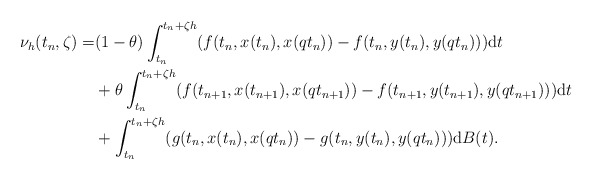
\begin{align*} \nu_{h}(t_n,\zeta)=&(1-\theta)\int_{t_n}^{t_n+\zeta h}(f(t_n,x(t_n),x(qt_n))-f(t_n,y(t_n),y(qt_n))){\rm d}t \\ &+\theta\int_{t_{n}}^{t_n+\zeta h}(f(t_{n+1},x(t_{n+1}),x(qt_{n+1}))-f(t_{n+1},y(t_{n+1}),y(qt_{n+1}))){\rm d}t \\ &+\int_{t_n}^{t_n+\zeta h}(g(t_n,x(t_n),x(qt_n))-g(t_n,y(t_n),y(qt_n))){\rm d}B(t). \\ \end{align*}